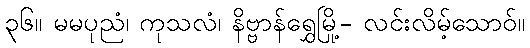
၃၆။ မမပုညံ၊ ကုသလံ၊ နိဗ္ဗာန်ရွှေမြို့- လင်းလိမ့်သောဝ်။